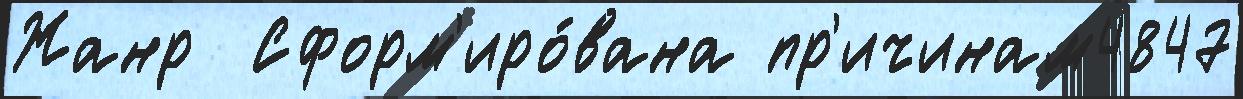
Жанр  Сформ'иро́вана пр'ичинам4847